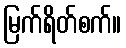
မြက်ရိတ်စက်။